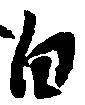
白